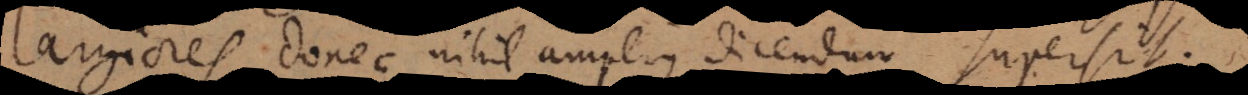
largiores, donec nihil amplius dicendum supersit.